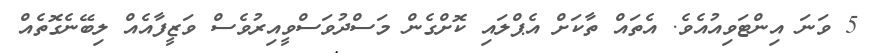
5 ވަނަ އިންޓަވިއުއެވެ. އެތައް ތާކަށް އެޕްލައި ކޮށްގެން މަސްދުވަސްވީއިރުވެސް ވަޒީފާއެއް ލިބޭނެގޮތެއް